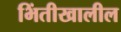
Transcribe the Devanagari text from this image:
भिंतीखालील